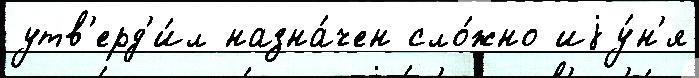
утв'ерд'и́л назна́чен сло́жно иjу́н'я